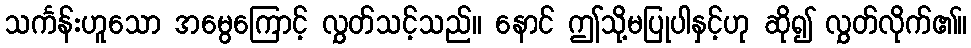
သင်္ကန်းဟူသော အမွေကြောင့် လွှတ်သင့်သည်။ နောင် ဤသို့မပြုပါနှင့်ဟု ဆို၍ လွှတ်လိုက်၏။